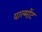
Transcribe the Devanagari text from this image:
पाल्मोंट